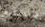
ماتستطيع